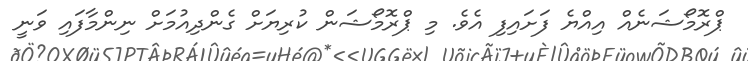
ޕްރޮމޯޝަނެއް އިއްޔެ ފަށައިފި އެވެ. މި ޕްރޮމޯޝަން ކުރިޔަށް ގެންދިއުމަށް ނިންމާފައި ވަނީ